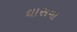
ઘાસના